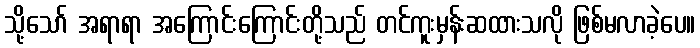
သို့သော် အရာရာ အကြောင်းကြောင်းတို့သည် တင်ကူးမှန်းဆထားသလို ဖြစ်မလာခဲ့ပေ။